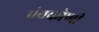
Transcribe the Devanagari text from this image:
पंचकोणी